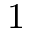
1